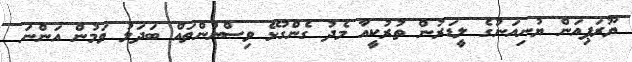
ޔޫރަޕިއަން ޔުނިއަނުގެ ލީޑަރުން ތުރުކީއާ މެދު ގެންގުޅޭ ވިސްނުންތައް ބަދަލު ވަމުން އަންނަ